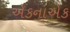
એકનાએક